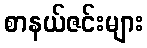
စာနယ်ဇင်းများ